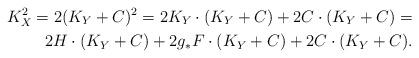
LaTeX: \begin{align*}K_X^2=2(K_Y+C)^2=2K_Y\cdot (K_Y+C) +2C\cdot (K_Y+C)=\\ 2H \cdot (K_Y+C)+2g_{\ast}F\cdot (K_Y+C) +2C\cdot(K_Y+C).\end{align*}